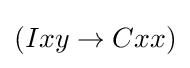
(Ixy\rightarrow Cxx)